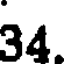
34